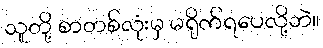
သူတို့ စာတစ်လုံးမှ မရိုက်ရပေလို့ဘဲ။